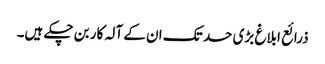
ذرائع ابلاغ بڑی حد تک ان کے آلہ کار بن چکے ہیں۔